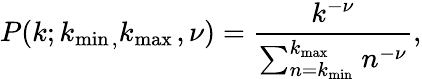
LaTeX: P(k;k_{\operatorname*{min}{},}k_{\operatorname*{max}{}},\nu)=\frac{k^{-\nu}}{\sum_{n=k_{\operatorname*{min}{}}}^{k_{\operatorname*{max}{}}}n^{-\nu}},